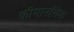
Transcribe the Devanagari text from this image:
कीमानसिक